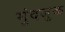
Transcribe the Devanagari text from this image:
मुंदजुक